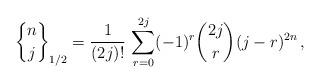
LaTeX: \begin{align*} {n\brace j}_{1/2} = \frac{1}{(2j)!} \, \sum_{r=0}^{2j} (-1)^r {2j \choose r} (j-r)^{2n}\, ,\end{align*}